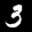
Label: 3